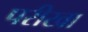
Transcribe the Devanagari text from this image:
परीखा